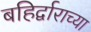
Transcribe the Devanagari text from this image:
बहिर्द्वाराच्या